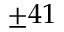
\pm 4 1